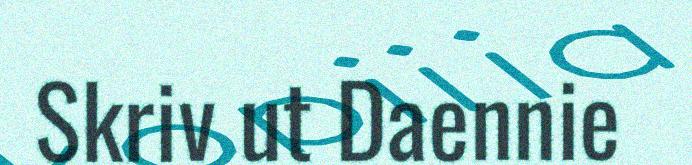
Skriv ut Daennie